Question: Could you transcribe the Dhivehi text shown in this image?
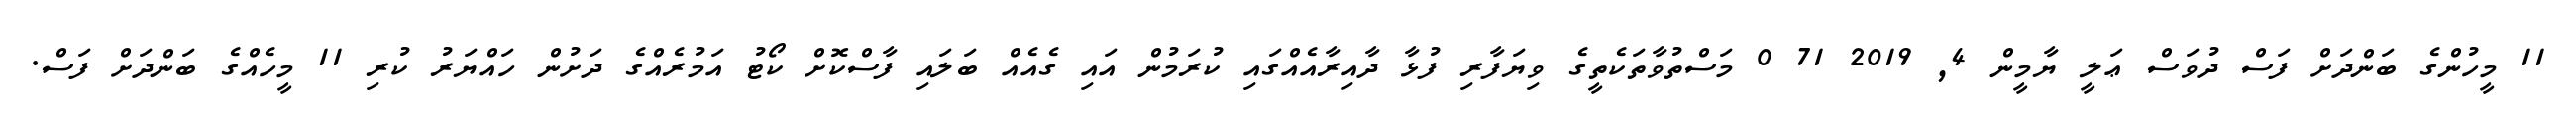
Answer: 11 މީހުންގެ ބަންދަށް ފަސް ދުވަސް ޢަލީ ޔާމީން 4, 2019 71 0 މަސްތުވާތަކެތީގެ ވިޔަފާރި ފުޅާ ދާއިރާއެއްގައި ކުރަމުން އައި ގެއެއް ބަލައި ފާސްކޮށް ކޯޓު އަމުރެއްގެ ދަށުން ހައްޔަރު ކުރި 11 މީހެއްގެ ބަންދަށް ފަސް.